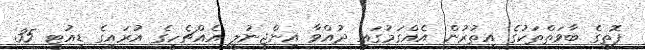
ފޮތީގެ ބާވަތްތަކުގެ އިތުރުން އެއްގަމުގައި ދުއްވާ އިންޖީނުލީ އެއްޗެހީގެ އުރައިގެ ޑިއުޓީ 35